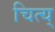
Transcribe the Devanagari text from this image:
चित्य्